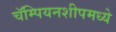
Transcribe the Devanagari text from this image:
चॅम्पियनशीपमध्ये